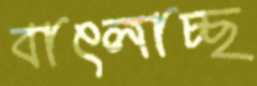
বাৎলাচ্ছ